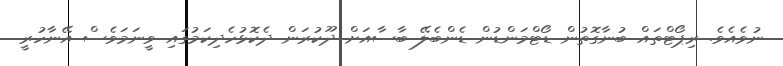
ނުވެއެވެ. ރިޕޯޓްތައް ބުނާގޮތުން ޑޯޓްމަންޑުން ޑެންބެލޭ ބާސާއަށް ދޫކުރަން ދެކޮޅުހެދިކަމުގައި ވީނަމަވެސް އޭނާހުރީ